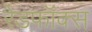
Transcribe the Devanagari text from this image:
रेडफॉक्स